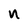
Character: n